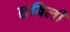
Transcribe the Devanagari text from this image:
छबिली